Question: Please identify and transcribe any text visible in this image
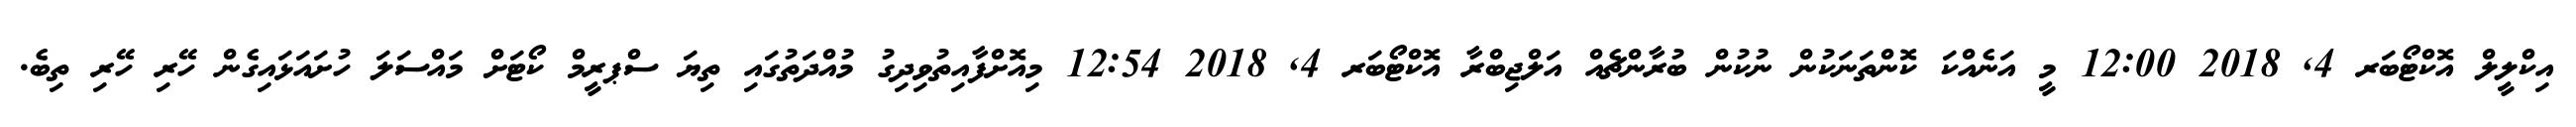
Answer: އިކްލީލް އޮކްޓޯބަރ 4, 2018 12:00 މީ އަނެއްކަ ކޮންތަނަކުން ނުކުން ބުރާންޗެއް އަލްޖިބްރާ އޮކްޓޯބަރ 4, 2018 12:54 މިއޮށްފާއިތުވިދިގު މުއްދަތުގައި ތިޔަ ސްޕރީމް ކޯޓަށް މައްސަލަ ހުށައަޅައިގެން ހޭރި ހޭރި ތިބެ.